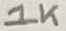
Text: 1K